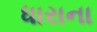
ધારાના